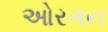
ઓરગન